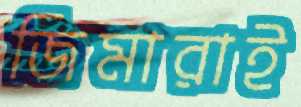
জিমারাই